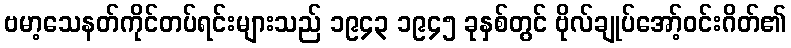
ဗမာ့သေနတ်ကိုင်တပ်ရင်းများသည် ၁၉၄၃ ၁၉၄၅ ခုနှစ်တွင် ဗိုလ်ချုပ်အော့်ဝင်းဂိတ်၏